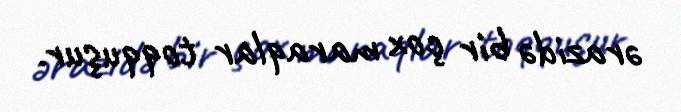
ərazidə bir çox maraqlar toqquşur.